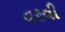
વરવી